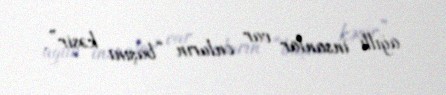
ağıllı insanlar var onların “başını kəsir”.